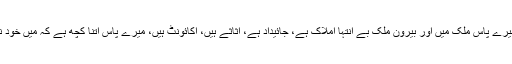
آپ کے لئے بس اتنا جاننا کافی ہے کہ میرے پاس ملک میں اور بیرون ملک بے انتہا املاک ہے، جائیداد ہے، اثاثے ہیں، اکائونٹ ہیں، میرے پاس اتنا کچھ ہے کہ میں خود نہیں جانتا کہ میرے پاس کتنی دولت ہے۔